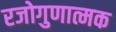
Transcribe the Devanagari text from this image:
रजोगुणात्मक